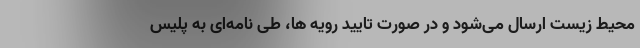
محیط زیست ارسال می‌شود و در صورت تاييد رويه ها، طی نامه‌ای به پلیس